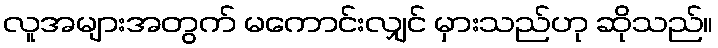
လူအများအတွက် မကောင်းလျှင် မှားသည်ဟု ဆိုသည်။